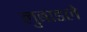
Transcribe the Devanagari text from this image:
लुबाडले